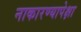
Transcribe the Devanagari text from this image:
नाकारण्यापेक्षा